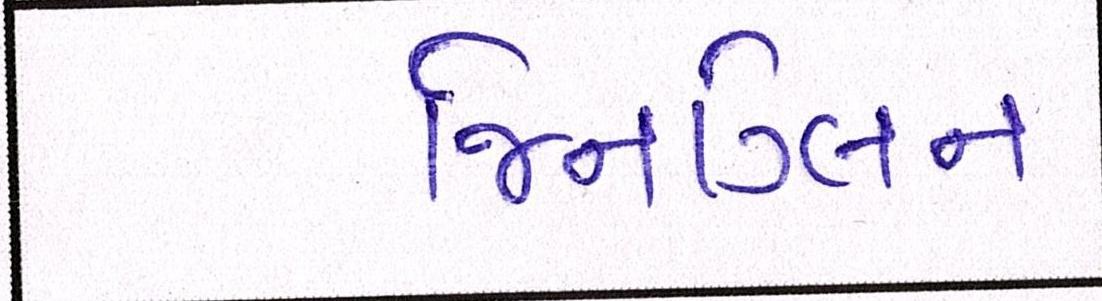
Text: જિનગ્લિન